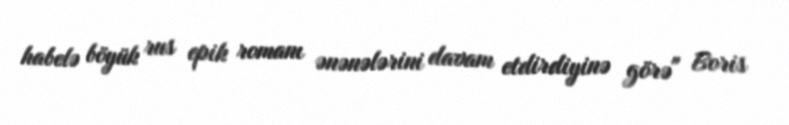
habelə böyük rus epik romanı ənənələrini davam etdirdiyinə görə" Boris